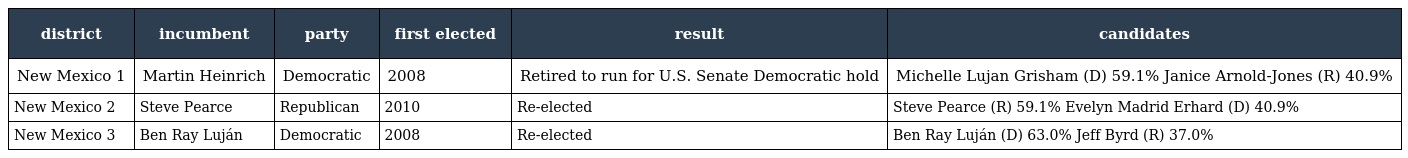
| district | incumbent | party | first elected | result | candidates |
 | --- | --- | --- | --- | --- | --- |
 | New Mexico 1 | Martin Heinrich | Democratic | 2008 | Retired to run for U.S. Senate Democratic hold | Michelle Lujan Grisham (D) 59.1% Janice Arnold-Jones (R) 40.9% |
 | New Mexico 2 | Steve Pearce | Republican | 2010 | Re-elected | Steve Pearce (R) 59.1% Evelyn Madrid Erhard (D) 40.9% |
 | New Mexico 3 | Ben Ray Luján | Democratic | 2008 | Re-elected | Ben Ray Luján (D) 63.0% Jeff Byrd (R) 37.0% |